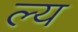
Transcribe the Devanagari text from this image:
ल्य